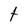
Character: t